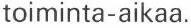
toiminta-aikaa.